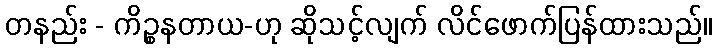
တနည်း - ကိဉ္စနတာယ-ဟု ဆိုသင့်လျက် လိင်ဖောက်ပြန်ထားသည်။